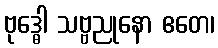
ဗုဒ္ဓေါ သဗ္ဗညုနော ဧတေ၊